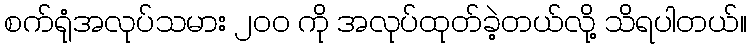
စက်ရုံအလုပ်သမား ၂၀၀ ကို အလုပ်ထုတ်ခဲ့တယ်လို့ သိရပါတယ်။